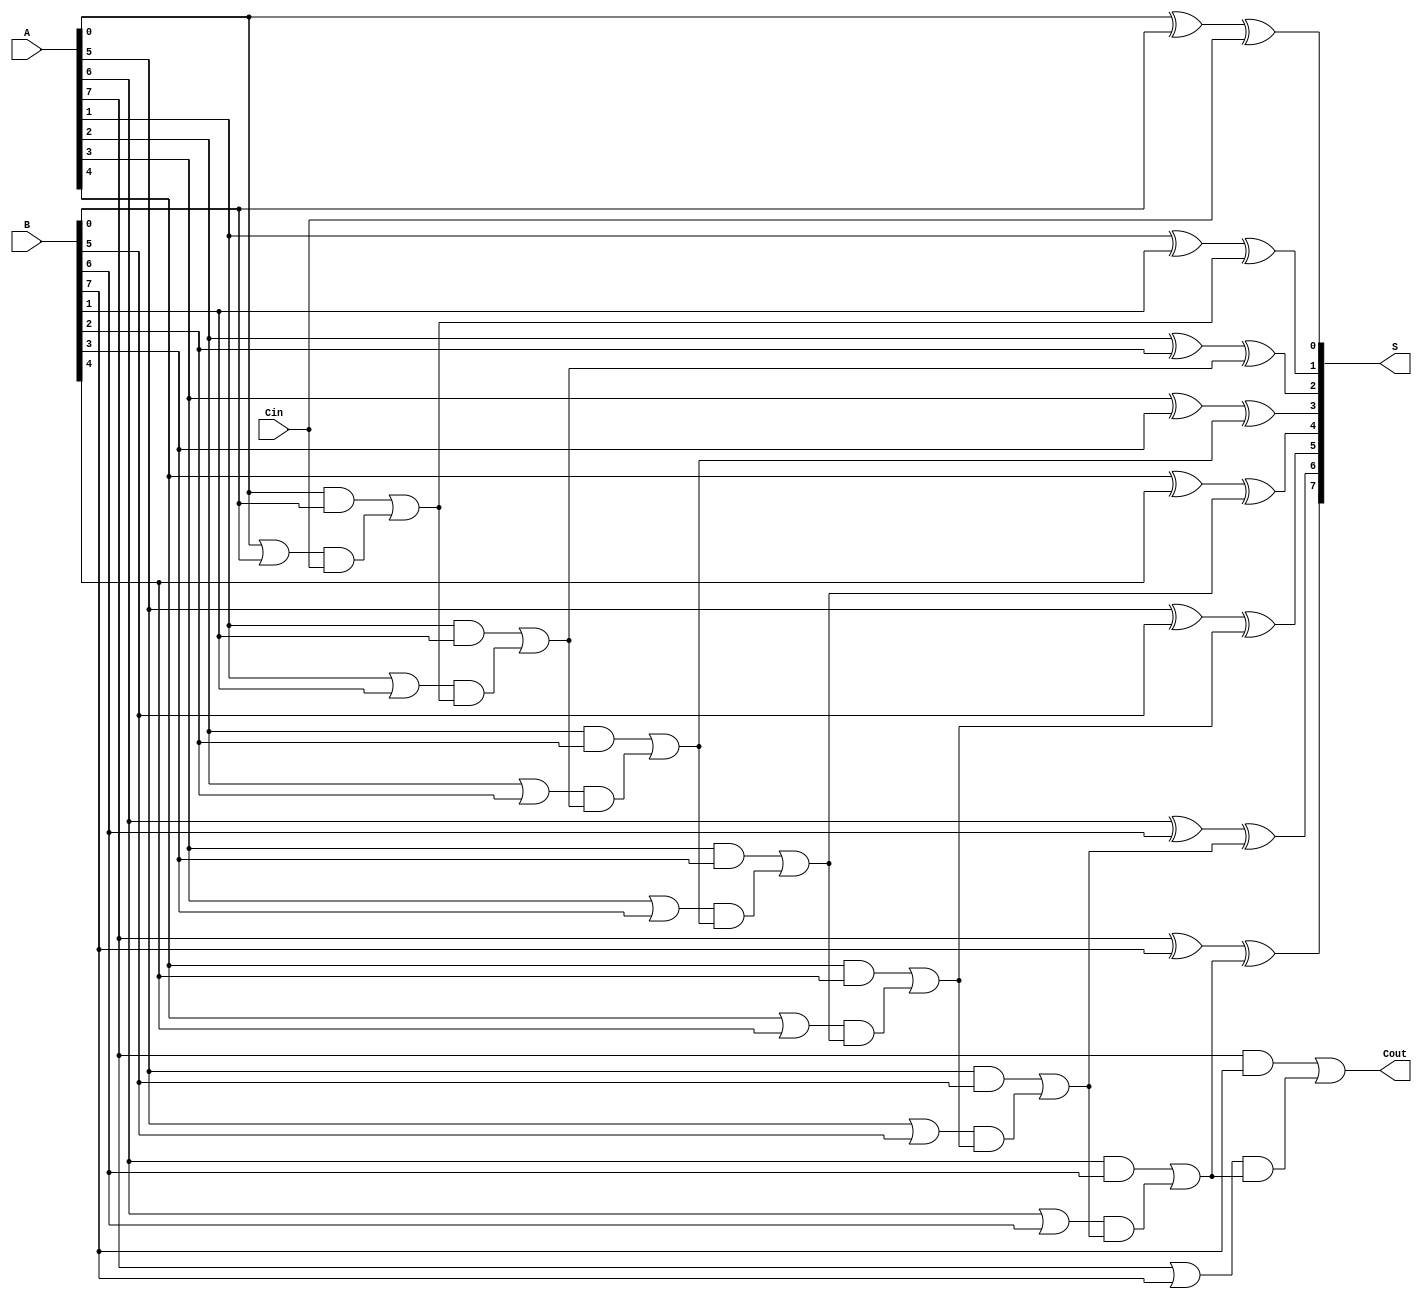
module ManchesterCarryChainAdder #(
    parameter N = 8  // Default size of the adder is 8 bits
) (
    input  [N-1:0] A,    // First n-bit number
    input  [N-1:0] B,    // Second n-bit number
    input          Cin,    // Carry-in
    output [N-1:0] S,    // Sum output
    output         Cout    // Carry-out
);

    wire [N-1:0] G;  // Carry generation signals
    wire [N-1:0] P;  // Carry propagate signals
    wire [N:0] C;    // Carry signals, C[0] = Cin

    // Carry generation and propagation
    generate
        genvar i;
        for (i = 0; i < N; i = i + 1) begin : carry_logic
            assign G[i] = A[i] & B[i];        // Generate
            assign P[i] = A[i] | B[i];        // Propagate
        end
    endgenerate

    // Carry chain logic
    assign C[0] = Cin; // Initial carry-in
    generate
        for (i = 0; i < N; i = i + 1) begin : carry_chain
            if (i == 0) begin
                assign C[i+1] = G[i] | (P[i] & C[i]); // C1
            end else begin
                assign C[i+1] = G[i] | (P[i] & C[i]); // C2 to Cn
            end
        end
    endgenerate

    // Sum calculation
    generate
        for (i = 0; i < N; i = i + 1) begin : sum_logic
            assign S[i] = A[i] ^ B[i] ^ C[i]; // Sum
        end
    endgenerate

    // Carry-out signal
    assign Cout = C[N]; // Final carry out

endmodule